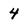
Character: 4